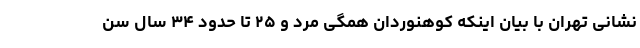
نشانی تهران با بیان اینکه کوهنوردان همگی مرد و ٢۵ تا حدود ٣۴ سال سن